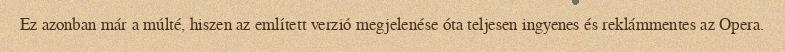
Ez azonban már a múlté, hiszen az említett verzió megjelenése óta teljesen ingyenes és reklámmentes az Opera.